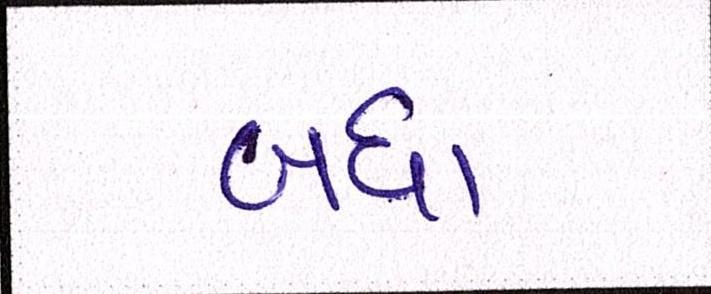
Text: બધા